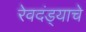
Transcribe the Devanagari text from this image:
रेवदंड्याचे